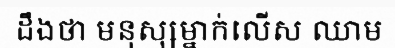
ដឹងថា មនុស្សម្នាក់លើស ឈាម